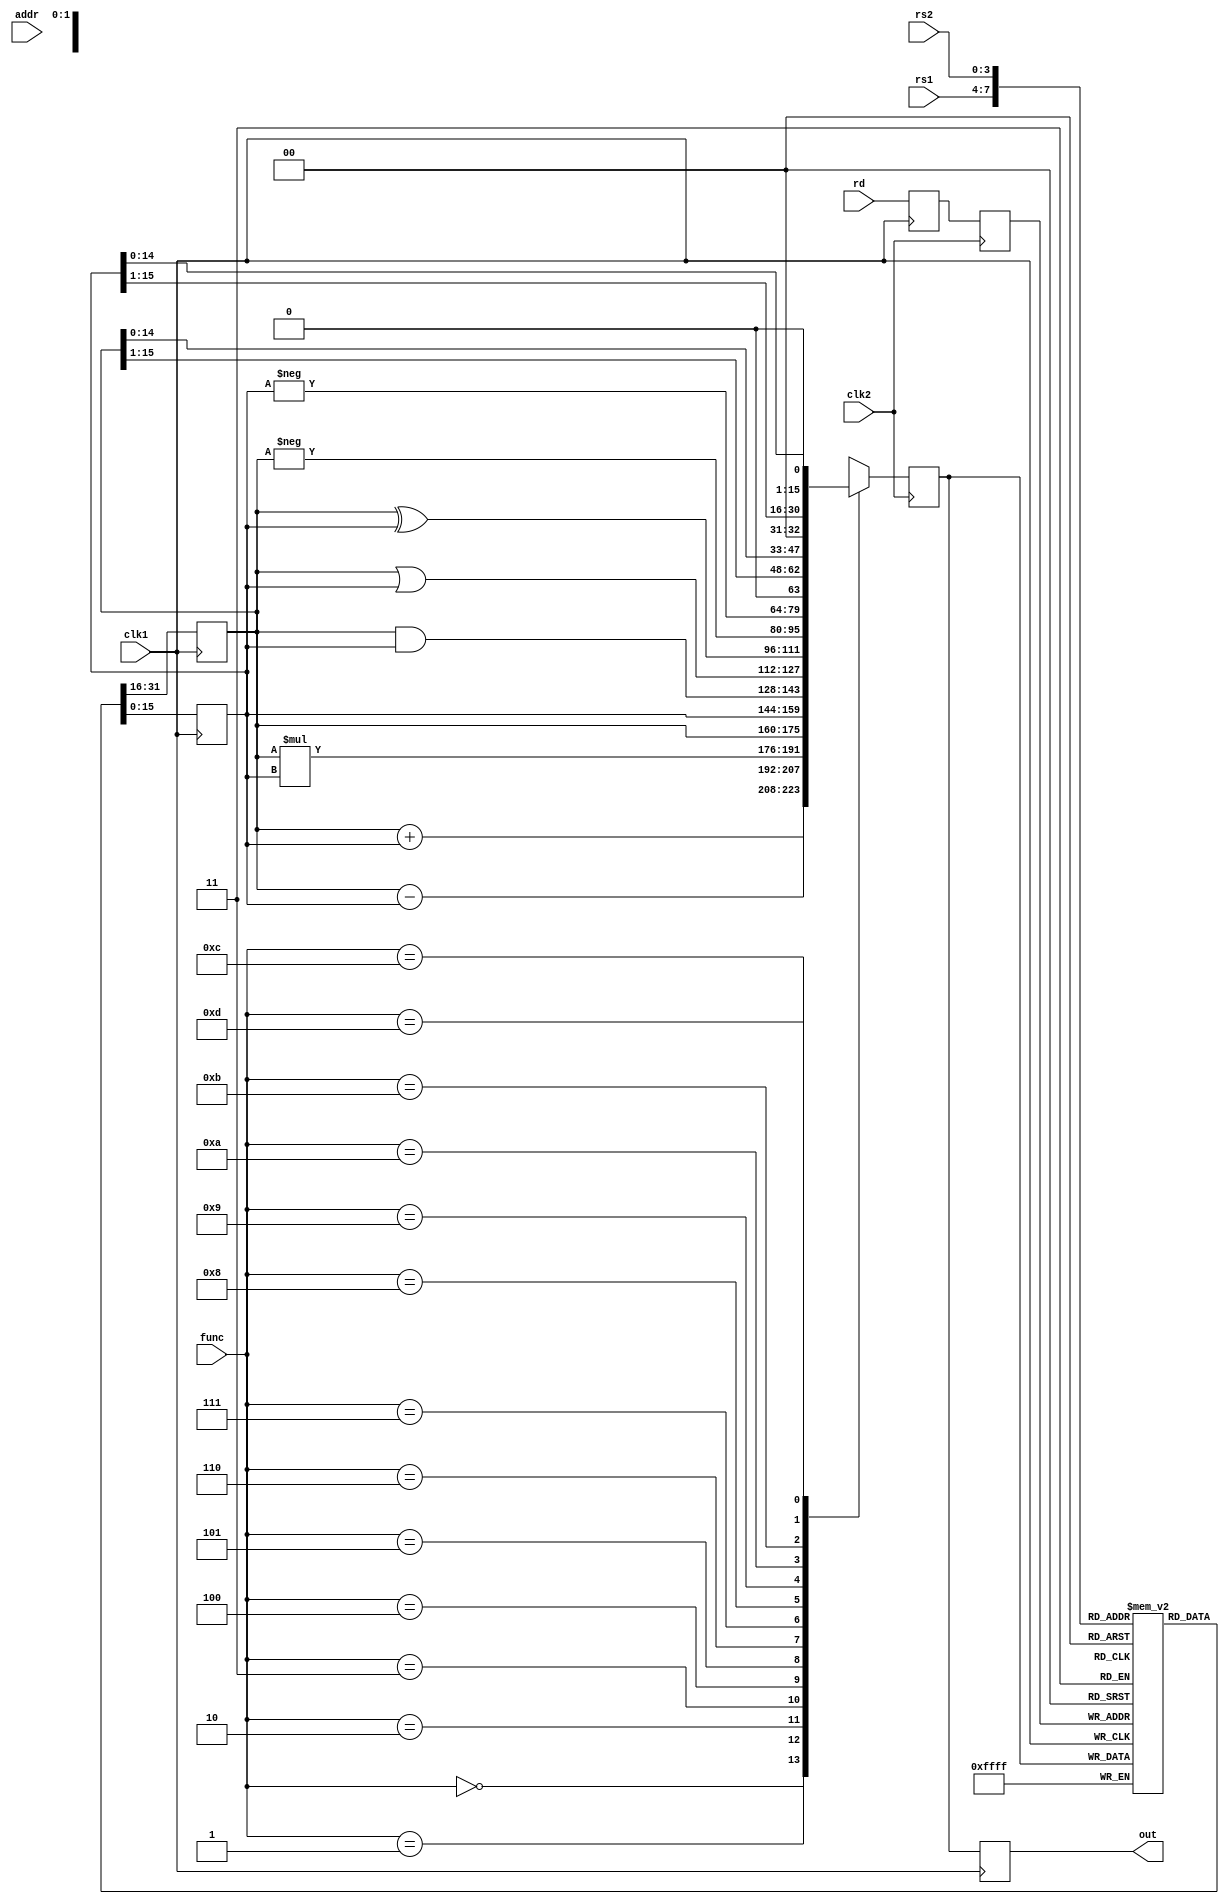
module pipe1(rs1,rs2,rd,func,addr,clk1,clk2,out);
input [3:0]rs1,rs2,rd,func;
input [7:0]addr;
input clk1,clk2;
output [15:0]out;
reg [15:0]l12_a,l12_b,l23_z,l34_z;
reg [3:0]l12_rd,l12_func,l23_rd;
reg[7:0]l12_addr,l23_addr,l34_addr;
reg[15:0]regbank [0:15];
reg[15:0]mem[0:255];
//assign out=l34_z;
//Stage 1
always @(posedge clk1)
begin
l12_a<=#2 regbank[rs1];
l12_b<=#2 regbank[rs2];
l12_rd<=#2 rd;
l12_func<=#2 func;
l12_addr<=#2 addr;
end
//Stage 2
always @(negedge clk2)
begin
case(func)
0: l23_z<= #2 l12_a + l12_b;
1: l23_z<= #2 l12_a - l12_b;
2: l23_z<= #2 l12_a * l12_b;
3: l23_z<= #2 l12_a;
4: l23_z<= #2 l12_b;
5: l23_z<= #2 l12_a & l12_b;
6: l23_z<= #2 l12_a | l12_b;
7: l23_z<= #2 l12_a ^ l12_b;
8: l23_z<= #2 -l12_a;
9: l23_z<= #2 -l12_b;
10: l23_z<= #2 l12_a >> 1;
11: l23_z<= #2 l12_a << 1;
12: l23_z<= #2 l12_b >> 1;
13: l23_z<= #2 l12_b << 1;
default: l23_z<= #2 16'hxxxx;
endcase
l23_rd<= #2 l12_rd;
l23_addr<= #2 l12_addr;
end
//Stage 3
always @(posedge clk1)
begin
regbank[l23_rd]<= #2 l23_z;
l34_z <= #2 l23_z;
l34_addr<=#2 l23_addr;
end
//Stage 4
always @(negedge clk2)
begin
mem[l34_addr]<= #2 l34_z;
end
assign out=l34_z;
endmodule